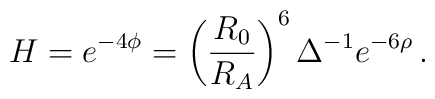
H=e^{-4\phi}=\left(\frac{R_0}{R_A}\right)^6\Delta^{-1}e^{-6\rho}\,.